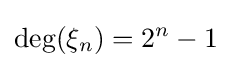
\deg(\xi _{n})=2^{n}-1